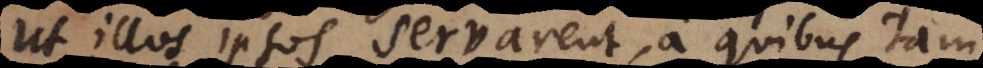
ut illos ipsos servarent, a quibus tam